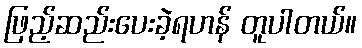
ဖြည့်ဆည်းပေးခဲ့ရဟန် တူပါတယ်။